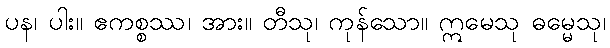
ပန၊ ပါး။ ဧကစ္စဿ၊ အား။ တီသု၊ ကုန်သော။ ဣမေသု ဓမ္မေသု၊